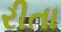
રીતા